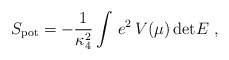
\begin{align*}S_{\rm pot} = -{1\over \kappa_4^2}\int\, e^2\, V(\mu)\, \mathrm{det}E~,\end{align*}